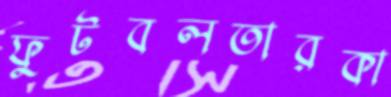
ফুটবলতারকা